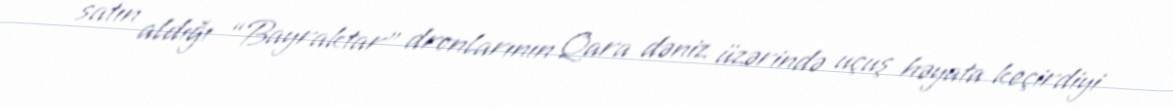
satın aldığı “Bayraktar” dronlarının Qara dəniz üzərində uçuş həyata keçirdiyi